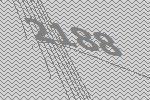
2188